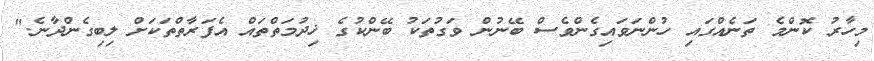
މިހާރު ކޮންމެ ތަނެއްގައި ހުންނަވައިގެންވެސް ބޭނުން ވަގުތަކު ބޭންކުގެ ޚިދުމަތްތައް އެފަރާތްތަކަށް ލިބިގެންދާނެ."